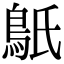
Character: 䲬